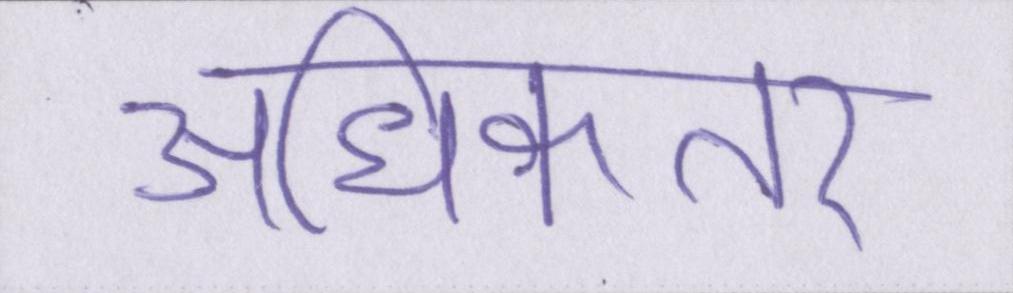
अधिकतर